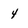
Character: 4